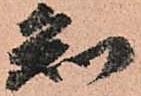
知